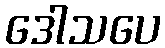
ဒေါသပေ